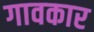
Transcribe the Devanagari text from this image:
गावकार